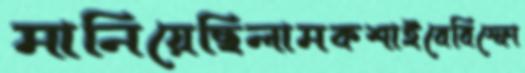
মানিয়েছিলামকশাইবেবিস্ফো